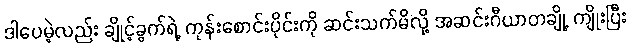
ဒါပေမဲ့လည်း ချိုင့်ခွက်ရဲ့ ကုန်းစောင်းပိုင်းကို ဆင်းသက်မိလို့ အဆင်းဂီယာတချို့ ကျိုးပြီး